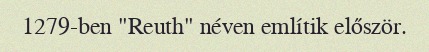
1279-ben "Reuth" néven említik először.